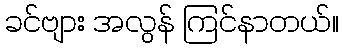
ခင်ဗျား အလွန် ကြင်နာတယ်။